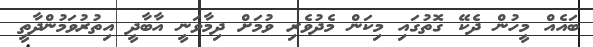
ބައެއް މީހުން ދެކޭ ގޮތުގައި މިކަން މެދުވެރި ވުމަށް ދިމާވަނީ އާބާދީ އިތުރުވަމުންދާތީ